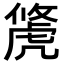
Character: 𧇐